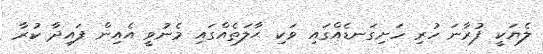
ލެޔަކީ ފުރާނަ ހުރި ހަށިގަނޑެއްގައި ވަކި ޙާލަތެއްގައި މެނުވީ އެއިން ފައިދާ ކުރާ